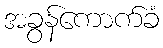
အခွန်ကောက်ခံ